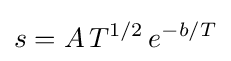
s=A\,T^{1/2}\,e^{-b/T}